Report on vaccination proceedings throughout the Government of Bengal -
Year: 1868
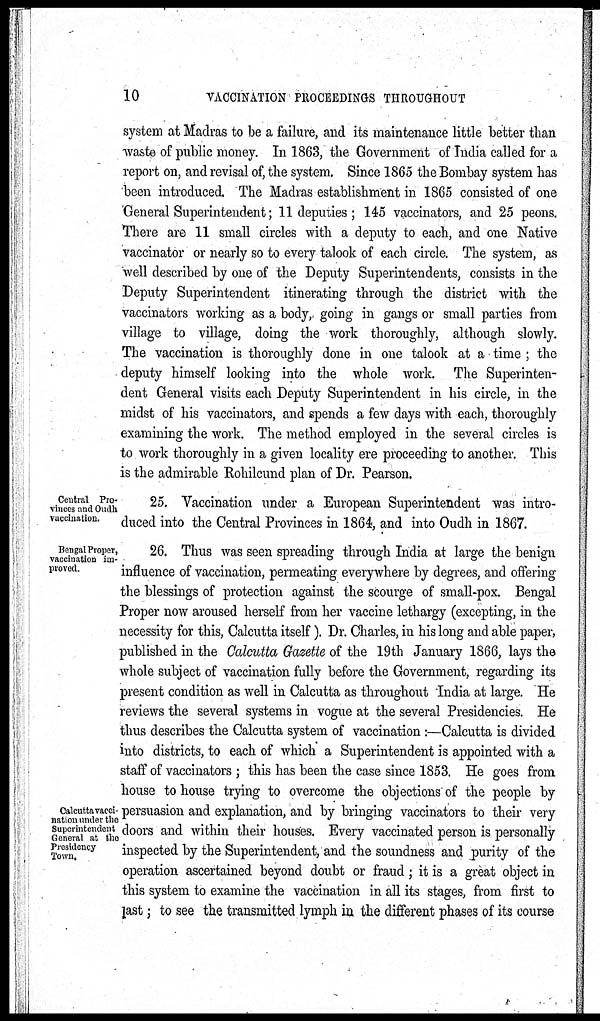
10
VACCINATION PROCEEDINGS THROUGHOUT
system at Madras to be a failure, and its maintenance little better than
waste of public money. In 1863, the Government of India called for a
report on, and revisal of, the system. Since 1865 the Bombay system has
been introduced. The Madras establishment in 1865 consisted of one
General Superintendent; 11 deputies ; 145 vaccinators, and 25 peons.
There are 11 small circles with a deputy to each, and one Native
vaccinator or nearly so to every talook of each circle. The system, as
well described by one of the Deputy Superintendents, consists in the
Deputy Superintendent itinerating through the district with the
vaccinators working as a body, going in gangs or small parties from
village to village, doing the work thoroughly, although slowly.
The vaccination is thoroughly done in one talook at a time; the
deputy himself looking into the whole work. The Superinten-
dent General visits each Deputy Superintendent in his circle, in the
midst of his vaccinators, and spends a few days with each, thoroughly
examining the work. The method employed in the several circles is
to work thoroughly in a given locality ere proceeding to another. This
is the admirable Rohilcund plan of Dr. Pearson.
Central Pro-
vinces and Oudh
vaccination.
25. Vaccination under a European Superintendent was intro-
duced into the Central Provinces in 1864, and into Oudh in 1867.
Bengal Proper,
vaccination im-
proved.
Calcutta vacci-
nation under the
Superintendent
General at the
Presidency
Town.
26. Thus was seen spreading through India at large the benign
influence of vaccination, permeating everywhere by degrees, and offering
the blessings of protection against the scourge of small-pox. Bengal
Proper now aroused herself from her vaccine lethargy (excepting, in the
necessity for this, Calcutta itself). Dr. Charles, in his long and able paper,
published in the Calcutta Gazette of the 19th January 1866, lays the
whole subject of vaccination fully before the Government, regarding its
present condition as well in Calcutta as throughout India at large. He
reviews the several systems in vogue at the several Presidencies. He
thus describes the Calcutta system of vaccination:—Calcutta is divided
into districts, to each of which a Superintendent is appointed with a
staff of vaccinators; this has been the case since 1853. He goes from
house to house trying to overcome the objections of the people by
persuasion and explanation, and by bringing vaccinators to their very
doors and within their houses. Every vaccinated person is personally
inspected by the Superintendent, and the soundness and purity of the
operation ascertained beyond doubt or fraud; it is a great object in
this system to examine the vaccination in all its stages, from first to
last; to see the transmitted lymph in the different phases of its course